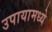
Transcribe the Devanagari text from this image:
उपायामध्ये